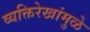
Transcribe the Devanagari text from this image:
व्यक्तिरेखांमुळे